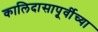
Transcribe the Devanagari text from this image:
कालिदासापूर्वीच्या